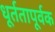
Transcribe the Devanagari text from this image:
धूर्ततापूर्वक